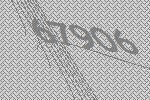
67906